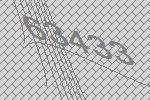
63433